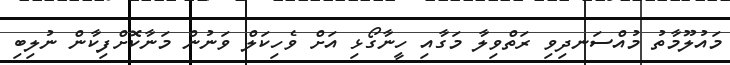
މައުލޫމާތު މުއްސަނދިވި ރަތްވިލާ މަގާއި ހީނާގޯޅި އަށް ވެހިކަލް ވަނުން މަނާކޮށްފިކާން ނުލިބި